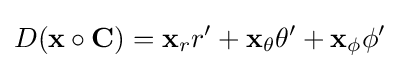
D(\mathbf {x} \circ \mathbf {C} )=\mathbf {x} _{r}r'+\mathbf {x} _{\theta }\theta '+\mathbf {x} _{\phi }\phi '